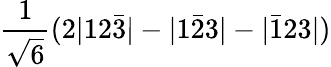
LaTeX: \frac{1}{\sqrt{6}}(2|12\bar{3}|-|1\bar{2}3|-|\bar{1}23|)